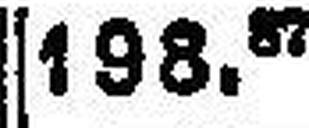
198. 87 4